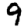
Digit: 9